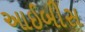
આઈબીસ